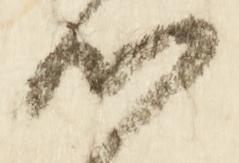
候